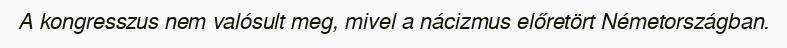
A kongresszus nem valósult meg, mivel a nácizmus előretört Németországban.